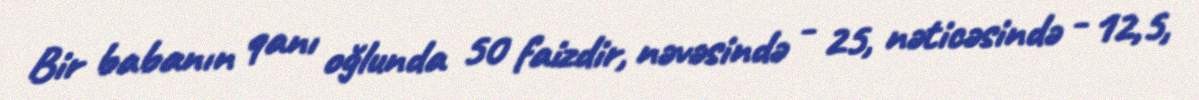
Bir babanın qanı oğlunda 50 faizdir, nəvəsində - 25, nəticəsində - 12,5,